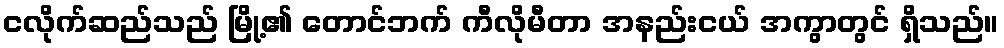
ငလိုက်ဆည်သည် မြို့၏ တောင်ဘက် ကီလိုမီတာ အနည်းငယ် အကွာတွင် ရှိသည်။